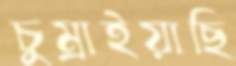
চুম্‌রাইয়াছি